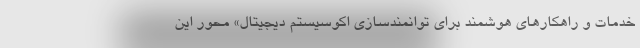
خدمات و راهکارهای هوشمند برای توانمندسازی اکوسیستم دیجیتال» محور این